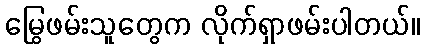
မြွေဖမ်းသူတွေက လိုက်ရှာဖမ်းပါတယ်။